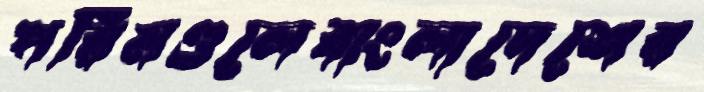
পরিমণ্ডলেবাংলাদেশের